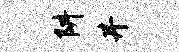
阱井